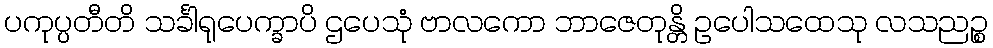
ပကုပ္ပတီတိ သင်္ခါရုပေက္ခာပိ ဌပေသုံ ဗာလကော ဘာဇေတုန္တိ ဥပေါသထေသု လသညဉ္စ